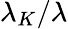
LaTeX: \lambda_{K}/\lambda